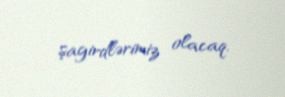
şagirdlərimiz olacaq.